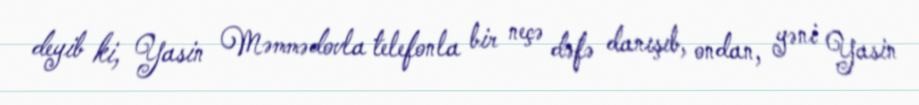
deyib ki, Yasin Məmmədovla telefonla bir neçə dəfə danışıb, ondan, yəni Yasin